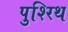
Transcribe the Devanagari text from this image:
पुश्‍रिथ